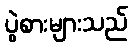
ပွဲစားများသည်